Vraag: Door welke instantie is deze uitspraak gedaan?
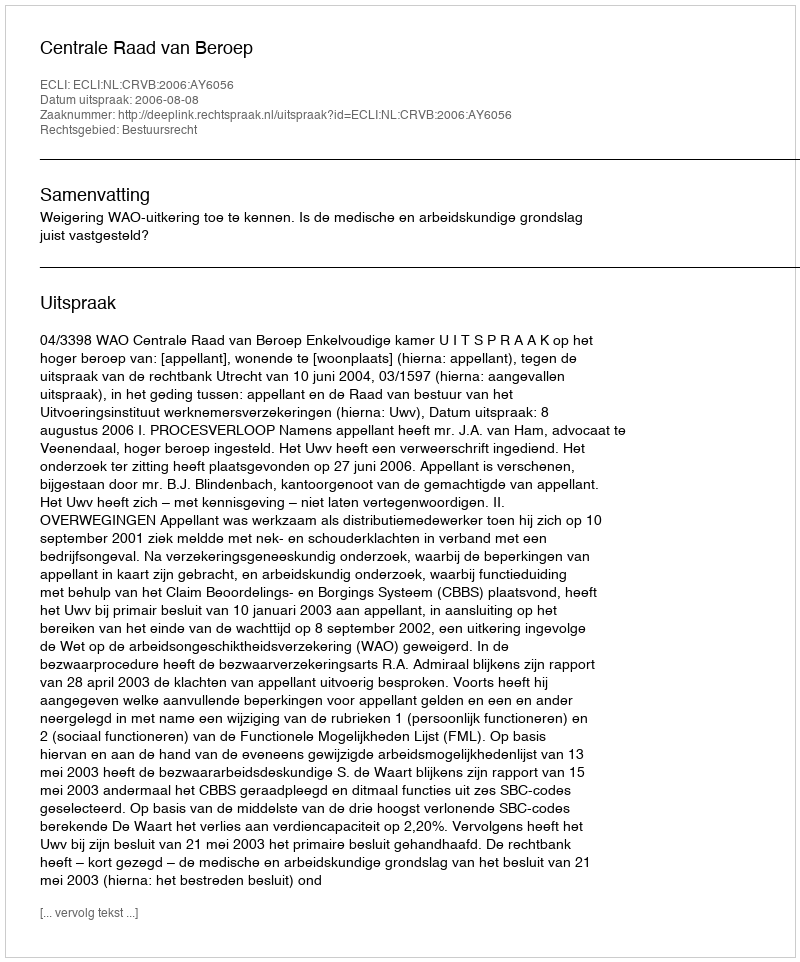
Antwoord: Centrale Raad van Beroep